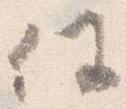
任